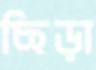
ছিড়া